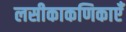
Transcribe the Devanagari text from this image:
लसीकाकणिकाएँ